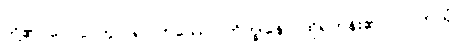
တို့၏။ ပေ။ ဉတွာ၊ ၍။ တဿေဝ ဘိက္ခုနော၊ ထိုရဟန်း၏ပင်။ (တုယှံ